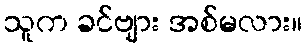
သူက ခင်ဗျား အစ်မလား။